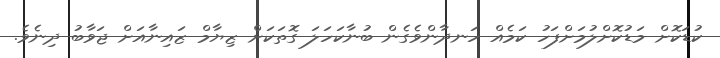
ކުޑަކޮށް މަޑުކޮށްލުމަށްފަހު ކަމެއް ހަނދާންވެގެން ބުނާކަހަލަ ގޮތަކަށް ޒިޔާމް ޒައިނާއަށް ޖަވާބު ދިނެވެ.